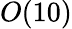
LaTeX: O(10)